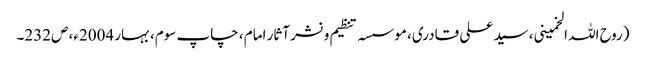
(روح اللہ الخمینی، سید علی قادری، موسسہ تنظیم و نشر آثار امام ، چاپ سوم، بہار 2004ء، ص232۔